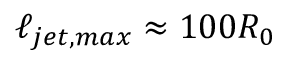
\ell _ { j e t , m a x } \approx 1 0 0 R _ { 0 }